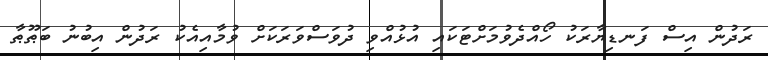
ރަދުން އިސް ފަނޑިޔާރަކު ހޯއްދެވުމަށްޓަކައި އުޅުއްވި ދުވަސްވަރަކަށް ވުމާއިއެކު ރަދުން އިބުނު ބަޠޫޠާ